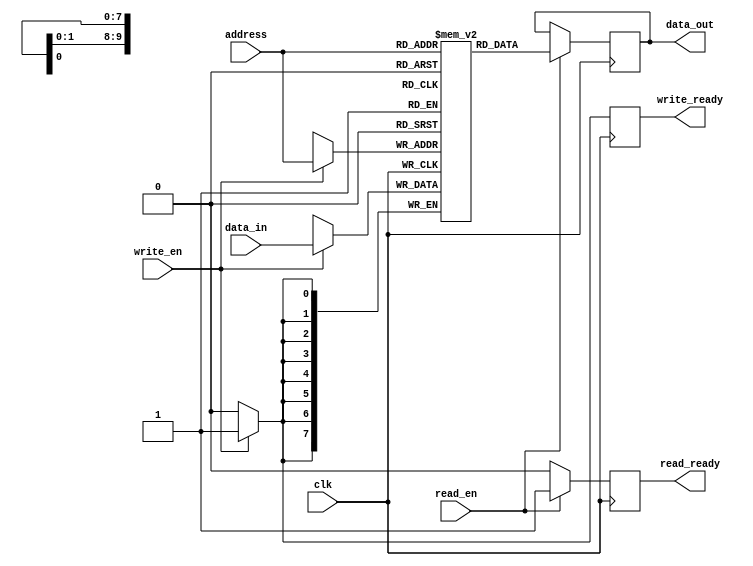
module dual_port_RAM (
    input wire clk,
    input wire [7:0] data_in,
    input wire [9:0] address,
    input wire read_en,
    input wire write_en,
    output reg [7:0] data_out,
    output reg read_ready,
    output reg write_ready
);

reg [7:0] ram [0:1023];

always @(posedge clk) begin
    if(read_en) begin
        data_out <= ram[address];
        read_ready <= 1;
    end else begin
        read_ready <= 0;
    end

    if(write_en) begin
        ram[address] <= data_in;
        write_ready <= 1;
    end else begin
        write_ready <= 0;
    end
end

endmodule